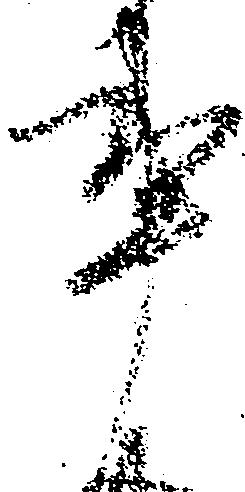
事